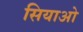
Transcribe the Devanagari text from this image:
सियाओ